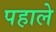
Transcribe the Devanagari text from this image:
पहाले